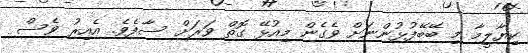
ކިޔާލީމާ މި ބޭބޭފުޅުންނަށް ވެގެން މިއުޅޭ ގޮތް ވަރަށް ސާފެވެ. އެއިރު ވެސް